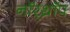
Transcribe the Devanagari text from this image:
नॉर्‌थ्रॉप